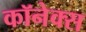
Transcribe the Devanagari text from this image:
कॉनेक्स